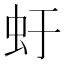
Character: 虶